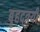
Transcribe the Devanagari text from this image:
बृहद्त्रयी